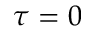
\tau = 0